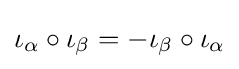
\iota _{\alpha }\circ \iota _{\beta }=-\iota _{\beta }\circ \iota _{\alpha }